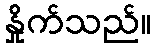
နှိုက်သည်။